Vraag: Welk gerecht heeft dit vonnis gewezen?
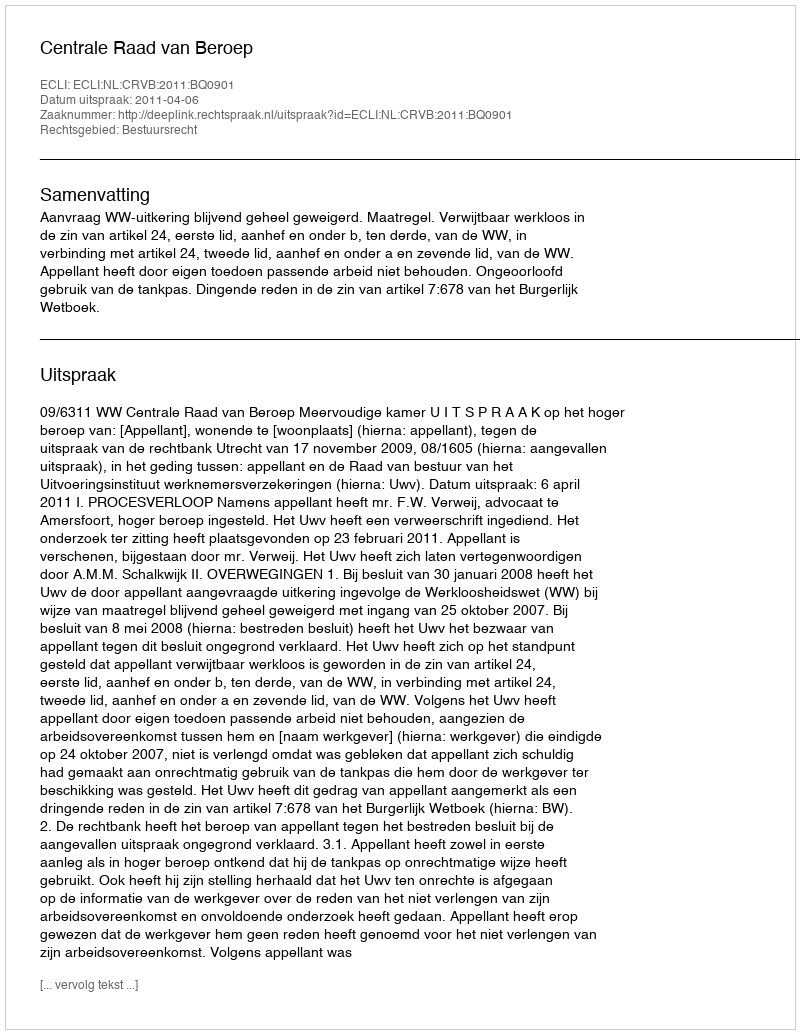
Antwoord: Centrale Raad van Beroep